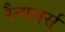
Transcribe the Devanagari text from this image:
रैन्गलर्स